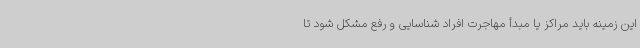
این زمینه باید مراکز یا مبدأ مهاجرت افراد شناسایی و رفع مشکل شود تا